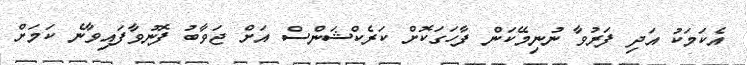
އެކަމަކު އަދި ފަރުވާ ނުނިމޭކަން ފާހަގަކޮށް ކަރެކްޝަންސް އަށް ޖަވާބު ފޮނުވާފައިވާނެ ކަމަށް